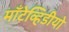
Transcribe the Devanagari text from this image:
माँटेव्हिडीयो